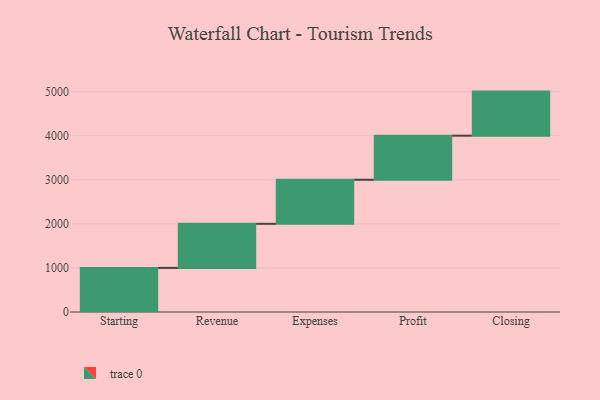
{"axis": {"x": "Step", "y": "Value"}, "legend": [""], "data": [{"x": "Starting", "y": 1000, "type": ""}, {"x": "Revenue", "y": 1000, "type": ""}, {"x": "Expenses", "y": 1000, "type": ""}, {"x": "Profit", "y": 1000, "type": ""}, {"x": "Closing", "y": 1000, "type": ""}]}